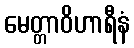
မေတ္တာဝိဟာရီနံ